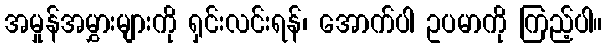
အမှုန်အမွှားများကို ရှင်းလင်းရန်၊ အောက်ပါ ဥပမာကို ကြည့်ပါ။